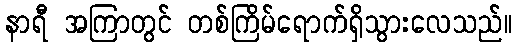
နာရီ အကြာတွင် တစ်ကြိမ်ရောက်ရှိသွားလေသည်။